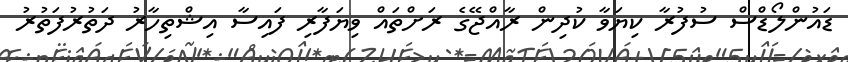
ޑައުންލޯޑްސް ސުފުރާ ކިޔަވާ ކުދިން ރާއްޖޭގެ ރަށްތައް ވިޔަފާރި ފައިސާ އިޝްތިހާރު ދަތުރުފަތުރު